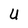
Character: U